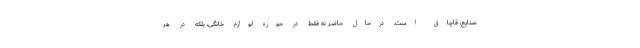
صنایع، قاچاق است. درحال حاضر نه فقط در حوزه لوازم خانگی، بلکه در هر